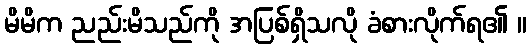
မိမိက ညည်းမိသည်ကို အပြစ်ရှိသလို ခံစားလိုက်ရ၏ ။